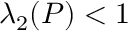
\lambda _ { 2 } ( P ) < 1